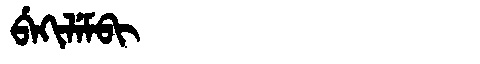
Manchu: ᠪᡝᡴᡳᠯᡝᠮᠪᡳ
Romanization: BEKILEMBI